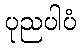
ပုညပါပံ